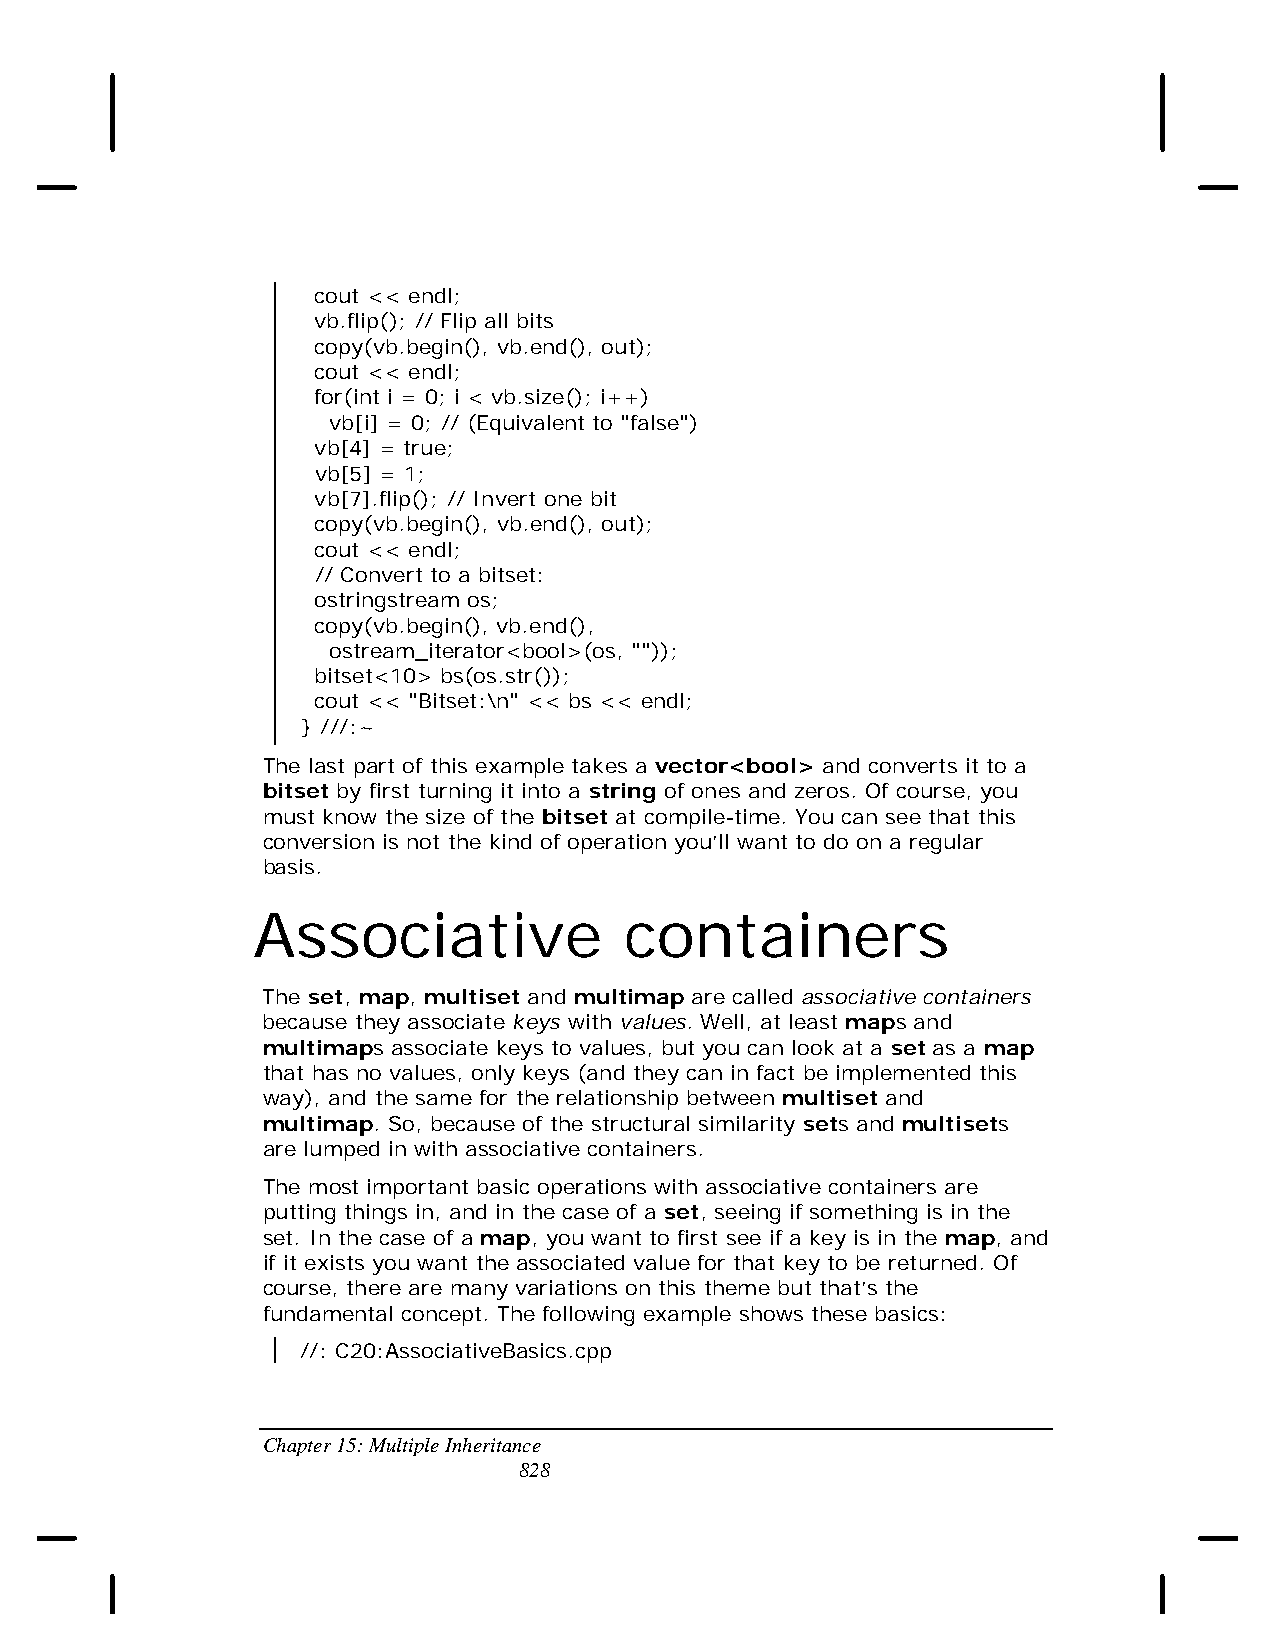
cout << endl;
 vb.flip(); // Flip all bits
 copy(vb.begin(), vb.end(), out);
 cout << endl;
 for(int i = 0; i < vb.size(); i++)
 vb[i] = 0; // (Equivalent to "false")
 vb[4] = true;
 vb[5] = 1;
 vb[7].flip(); // Invert one bit
 copy(vb.begin(), vb.end(), out);
 cout << endl;
 // Convert to a bitset:
 ostringstream os;
 copy(vb.begin(), vb.end(),
 ostream_iterator<bool>(os, ""));
 bitset<10> bs(os.str());
 cout << "Bitset:\n" << bs << endl;
 } ///:~
 The last part of this example takes a vector<bool> and converts it to a
 bitset by first turning it into a string of ones and zeros. Of course, you
 must know the size of the bitset at compile-time. You can see that this
 conversion is not the kind of operation you’ll want to do on a regular
 basis.
 Associative             containers
 The set, map, multiset and multimap are called associative containers
 because they associate keys with values. Well, at least maps and
 multimaps associate keys to values, but you can look at a set as a map
 that has no values, only keys (and they can in fact be implemented this
 way), and the same for the relationship between multiset and
 multimap. So, because of the structural similarity sets and multisets
 are lumped in with associative containers.
 The most important basic operations with associative containers are
 putting things in, and in the case of a set, seeing if something is in the
 set. In the case of a map, you want to first see if a key is in the map, and
 if it exists you want the associated value for that key to be returned. Of
 course, there are many variations on this theme but that’s the
 fundamental concept. The following example shows these basics:
 //: C20:AssociativeBasics.cpp
 Chapter 15: Multiple Inheritance
 828